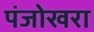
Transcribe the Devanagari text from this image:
पंजोखरा